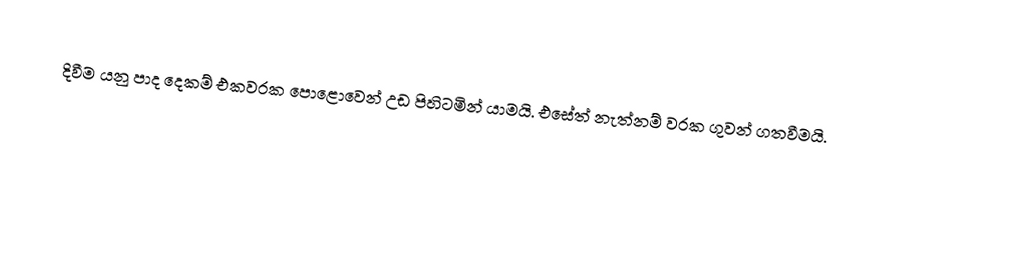
දිවීම යනු පාද දෙකම් එකවරක පොළොවෙන් උඩ පිහිටමින් යාමයි. එසේත් නැත්නම් වරක ගුවන් ගතවීමයි.